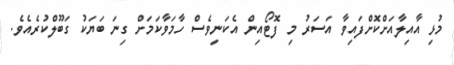
މުޅި އާއިލާއަށްކޮށްފައިވާ އަސަރު މި ފޮޓޯއިން އެކަނިވެސް ހާމަވާކަމަށް ގިނަ ބަޔަކު ގަބޫލްކުރެއެވެ.